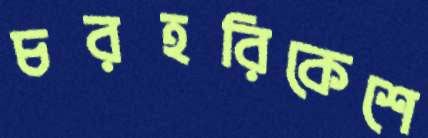
চরহরিকেশে